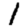
Digit: 1